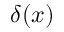
\delta ( x )